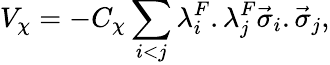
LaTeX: V_{\chi}=-C_{\chi}\sum_{i<j}\lambda_{i}^{F}.\lambda_{j}^{F}\vec{\sigma}_{i}.\vec{\sigma}_{j},